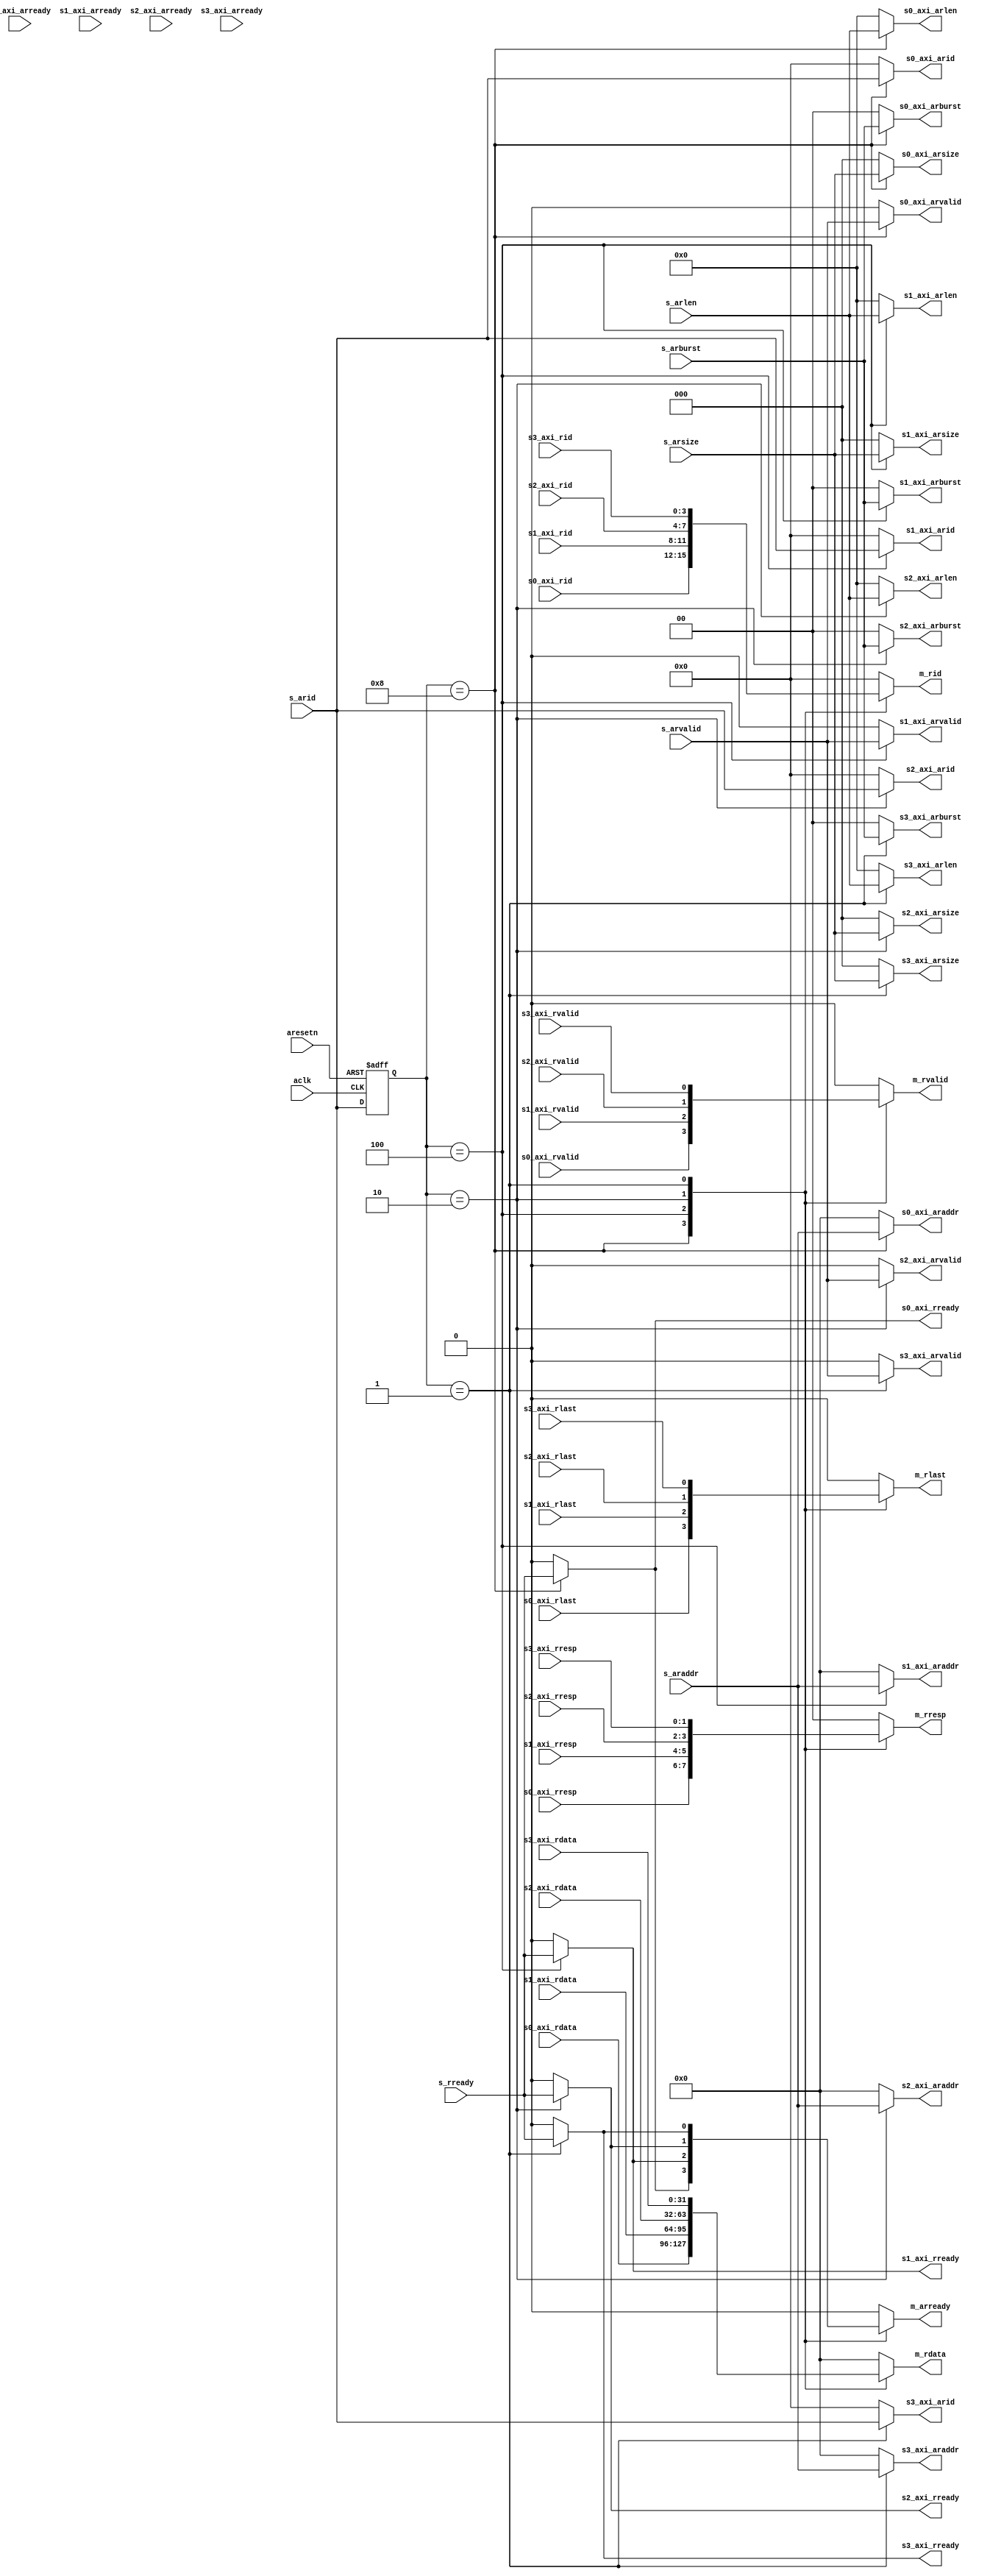
module Slave_Mux_R (
    //----- Global -----//
    input  aclk   ,
    input  aresetn,
    //----- Slave 0 -----//
    // Read address
    output [3:0]  s0_axi_arid   ,
    output [31:0] s0_axi_araddr ,
    output [7:0]  s0_axi_arlen  ,
    output [2:0]  s0_axi_arsize ,
    output [1:0]  s0_axi_arburst,
    output        s0_axi_arvalid,
    input         s0_axi_arready,
    // Read data
    input  [3:0]  s0_axi_rid    ,
    input  [31:0] s0_axi_rdata  ,
    input  [1:0]  s0_axi_rresp  ,
    input         s0_axi_rlast  ,
    input         s0_axi_rvalid ,
    output        s0_axi_rready ,
    //----- Slave 1 -----//
    // Read address
    output [3:0]  s1_axi_arid   ,
    output [31:0] s1_axi_araddr ,
    output [7:0]  s1_axi_arlen  ,
    output [2:0]  s1_axi_arsize ,
    output [1:0]  s1_axi_arburst,
    output        s1_axi_arvalid,
    input         s1_axi_arready,
    // Read data
    input  [3:0]  s1_axi_rid    ,
    input  [31:0] s1_axi_rdata  ,
    input  [1:0]  s1_axi_rresp  ,
    input         s1_axi_rlast  ,
    input         s1_axi_rvalid ,
    output        s1_axi_rready ,
    //----- Slave 2 -----//
    // Read address
    output [3:0]  s2_axi_arid   ,
    output [31:0] s2_axi_araddr ,
    output [7:0]  s2_axi_arlen  ,
    output [2:0]  s2_axi_arsize ,
    output [1:0]  s2_axi_arburst,
    output        s2_axi_arvalid,
    input         s2_axi_arready,
    // Read data
    input  [3:0]  s2_axi_rid    ,
    input  [31:0] s2_axi_rdata  ,
    input  [1:0]  s2_axi_rresp  ,
    input         s2_axi_rlast  ,
    input         s2_axi_rvalid ,
    output        s2_axi_rready ,
    //----- Slave 3 -----//
    // Read address
    output [3:0]  s3_axi_arid   ,
    output [31:0] s3_axi_araddr ,
    output [7:0]  s3_axi_arlen  ,
    output [2:0]  s3_axi_arsize ,
    output [1:0]  s3_axi_arburst,
    output        s3_axi_arvalid,
    input         s3_axi_arready,
    // Read data
    input  [3:0]  s3_axi_rid    ,
    input  [31:0] s3_axi_rdata  ,
    input  [1:0]  s3_axi_rresp  ,
    input         s3_axi_rlast  ,
    input         s3_axi_rvalid ,
    output        s3_axi_rready ,
    //----- Master general -----//
    // Read address
    output        m_arready     ,
    // Read data
    output [3:0]  m_rid         ,
    output [31:0] m_rdata       ,
    output [1:0]  m_rresp       ,
    output        m_rlast       ,
    output        m_rvalid      ,
    //----- Slave general -----//
    // Read address
    input  [3:0]  s_arid        ,
    input  [31:0] s_araddr      ,
    input  [7:0]  s_arlen       ,
    input  [2:0]  s_arsize      ,
    input  [1:0]  s_arburst     ,
    input         s_arvalid     ,
    // Read data
    input         s_rready      
);
// ID register
reg [3:0] s_arid_r;
always @(posedge aclk or negedge aresetn) begin
    if (!aresetn)
        s_arid_r = 4'b0000;
    else
        s_arid_r = s_arid;
end
//----- Other signals -----//
reg        m_arready_r;
reg [3:0]  m_rid_r;    
reg [31:0] m_rdata_r;  
reg [1:0]  m_rresp_r;  
reg        m_rlast_r;  
reg        m_rvalid_r; 
always @(*) begin
    case (s_arid_r)
        4'b1000 : begin
            m_arready_r = s0_axi_rready;
            m_rid_r     = s0_axi_rid;
            m_rdata_r   = s0_axi_rdata;
            m_rresp_r   = s0_axi_rresp;
            m_rlast_r   = s0_axi_rlast;
            m_rvalid_r  = s0_axi_rvalid;
        end
        4'b0100 : begin
            m_arready_r = s1_axi_rready;
            m_rid_r     = s1_axi_rid;
            m_rdata_r   = s1_axi_rdata;
            m_rresp_r   = s1_axi_rresp;
            m_rlast_r   = s1_axi_rlast;
            m_rvalid_r  = s1_axi_rvalid;
        end
        4'b0010 : begin
            m_arready_r = s2_axi_rready;
            m_rid_r     = s2_axi_rid;
            m_rdata_r   = s2_axi_rdata;
            m_rresp_r   = s2_axi_rresp;
            m_rlast_r   = s2_axi_rlast;
            m_rvalid_r  = s2_axi_rvalid;
        end
        4'b0001 : begin
            m_arready_r = s3_axi_rready;
            m_rid_r     = s3_axi_rid;
            m_rdata_r   = s3_axi_rdata;
            m_rresp_r   = s3_axi_rresp;
            m_rlast_r   = s3_axi_rlast;
            m_rvalid_r  = s3_axi_rvalid;
        end
        default : begin
            m_arready_r = 1'b0 ;
            m_rid_r     = 4'd0 ;
            m_rdata_r   = 32'd0;
            m_rresp_r   = 2'd0 ;
            m_rlast_r   = 1'b0 ;
            m_rvalid_r  = 1'b0 ;
        end
    endcase
end
assign m_arready = m_arready_r;
assign m_rid     = m_rid_r    ;
assign m_rdata   = m_rdata_r  ;
assign m_rresp   = m_rresp_r  ;
assign m_rlast   = m_rlast_r  ;
assign m_rvalid  = m_rvalid_r ;
//----- ARID -----//
reg [3:0] s0_axi_arid_r;
reg [3:0] s1_axi_arid_r;
reg [3:0] s2_axi_arid_r;
reg [3:0] s3_axi_arid_r;
always @(*) begin
    case (s_arid_r)
        4'b1000 : begin
            s0_axi_arid_r = s_arid;
            s1_axi_arid_r = 4'd0;
            s2_axi_arid_r = 4'd0;
            s3_axi_arid_r = 4'd0;
        end
        4'b0100 : begin
            s0_axi_arid_r = 4'd0;
            s1_axi_arid_r = s_arid;
            s2_axi_arid_r = 4'd0;
            s3_axi_arid_r = 4'd0;
        end
        4'b0010 : begin
            s0_axi_arid_r = 4'd0;
            s1_axi_arid_r = 4'd0;
            s2_axi_arid_r = s_arid;
            s3_axi_arid_r = 4'd0;
        end
        4'b0001 : begin
            s0_axi_arid_r = 4'd0;
            s1_axi_arid_r = 4'd0;
            s2_axi_arid_r = 4'd0;
            s3_axi_arid_r = s_arid;
        end
        default : begin
            s0_axi_arid_r = 4'd0;
            s1_axi_arid_r = 4'd0;
            s2_axi_arid_r = 4'd0;
            s3_axi_arid_r = 4'd0;
        end
    endcase
end
assign s0_axi_arid = s0_axi_arid_r;
assign s1_axi_arid = s1_axi_arid_r;
assign s2_axi_arid = s2_axi_arid_r;
assign s3_axi_arid = s3_axi_arid_r;
//----- ARADDR -----//
reg [31:0] s0_axi_araddr_r;
reg [31:0] s1_axi_araddr_r;
reg [31:0] s2_axi_araddr_r;
reg [31:0] s3_axi_araddr_r;
always @(*) begin
    case (s_arid_r)
        4'b1000 : begin
            s0_axi_araddr_r = s_araddr;
            s1_axi_araddr_r = 32'd0;
            s2_axi_araddr_r = 32'd0;
            s3_axi_araddr_r = 32'd0;
        end
        4'b0100 : begin
            s0_axi_araddr_r = 32'd0;
            s1_axi_araddr_r = s_araddr;
            s2_axi_araddr_r = 32'd0;
            s3_axi_araddr_r = 32'd0;
        end
        4'b0010 : begin
            s0_axi_araddr_r = 32'd0;
            s1_axi_araddr_r = 32'd0;
            s2_axi_araddr_r = s_araddr;
            s3_axi_araddr_r = 32'd0;
        end
        4'b0001 : begin
            s0_axi_araddr_r = 32'd0;
            s1_axi_araddr_r = 32'd0;
            s2_axi_araddr_r = 32'd0;
            s3_axi_araddr_r = s_araddr;
        end
        default : begin
            s0_axi_araddr_r = 32'd0;
            s1_axi_araddr_r = 32'd0;
            s2_axi_araddr_r = 32'd0;
            s3_axi_araddr_r = 32'd0;
        end
    endcase
end
assign s0_axi_araddr = s0_axi_araddr_r;
assign s1_axi_araddr = s1_axi_araddr_r;
assign s2_axi_araddr = s2_axi_araddr_r;
assign s3_axi_araddr = s3_axi_araddr_r;
//----- ARLEN -----//
reg [7:0] s0_axi_arlen_r;
reg [7:0] s1_axi_arlen_r;
reg [7:0] s2_axi_arlen_r;
reg [7:0] s3_axi_arlen_r;
always @(*) begin
    case (s_arid_r)
        4'b1000 : begin
            s0_axi_arlen_r = s_arlen;
            s1_axi_arlen_r = 8'd0;
            s2_axi_arlen_r = 8'd0;
            s3_axi_arlen_r = 8'd0;
        end
        4'b0100 : begin
            s0_axi_arlen_r = 8'd0;
            s1_axi_arlen_r = s_arlen;
            s2_axi_arlen_r = 8'd0;
            s3_axi_arlen_r = 8'd0;
        end
        4'b0010 : begin
            s0_axi_arlen_r = 8'd0;
            s1_axi_arlen_r = 8'd0;
            s2_axi_arlen_r = s_arlen;
            s3_axi_arlen_r = 8'd0;
        end
        4'b0001 : begin
            s0_axi_arlen_r = 8'd0;
            s1_axi_arlen_r = 8'd0;
            s2_axi_arlen_r = 8'd0;
            s3_axi_arlen_r = s_arlen;
        end
        default : begin
            s0_axi_arlen_r = 8'd0;
            s1_axi_arlen_r = 8'd0;
            s2_axi_arlen_r = 8'd0;
            s3_axi_arlen_r = 8'd0;
        end
    endcase
end
assign s0_axi_arlen = s0_axi_arlen_r;
assign s1_axi_arlen = s1_axi_arlen_r;
assign s2_axi_arlen = s2_axi_arlen_r;
assign s3_axi_arlen = s3_axi_arlen_r;
//----- ARSIZE -----//
reg [2:0] s0_axi_arsize_r;
reg [2:0] s1_axi_arsize_r;
reg [2:0] s2_axi_arsize_r;
reg [2:0] s3_axi_arsize_r;
always @(*) begin
    case (s_arid_r)
        4'b1000 : begin
            s0_axi_arsize_r = s_arsize;
            s1_axi_arsize_r = 3'd0;
            s2_axi_arsize_r = 3'd0;
            s3_axi_arsize_r = 3'd0;
        end
        4'b0100 : begin
            s0_axi_arsize_r = 3'd0;
            s1_axi_arsize_r = s_arsize;
            s2_axi_arsize_r = 3'd0;
            s3_axi_arsize_r = 3'd0;
        end
        4'b0010 : begin
            s0_axi_arsize_r = 3'd0;
            s1_axi_arsize_r = 3'd0;
            s2_axi_arsize_r = s_arsize;
            s3_axi_arsize_r = 3'd0;
        end
        4'b0001 : begin
            s0_axi_arsize_r = 3'd0;
            s1_axi_arsize_r = 3'd0;
            s2_axi_arsize_r = 3'd0;
            s3_axi_arsize_r = s_arsize;
        end
        default : begin
            s0_axi_arsize_r = 3'd0;
            s1_axi_arsize_r = 3'd0;
            s2_axi_arsize_r = 3'd0;
            s3_axi_arsize_r = 3'd0;
        end
    endcase
end
assign s0_axi_arsize = s0_axi_arsize_r;
assign s1_axi_arsize = s1_axi_arsize_r;
assign s2_axi_arsize = s2_axi_arsize_r;
assign s3_axi_arsize = s3_axi_arsize_r;
//----- ARBURST -----//
reg [1:0] s0_axi_arburst_r;
reg [1:0] s1_axi_arburst_r;
reg [1:0] s2_axi_arburst_r;
reg [1:0] s3_axi_arburst_r;
always @(*) begin
    case (s_arid_r)
        4'b1000 : begin
            s0_axi_arburst_r = s_arburst;
            s1_axi_arburst_r = 2'd0;
            s2_axi_arburst_r = 2'd0;
            s3_axi_arburst_r = 2'd0;
        end
        4'b0100 : begin
            s0_axi_arburst_r = 2'd0;
            s1_axi_arburst_r = s_arburst;
            s2_axi_arburst_r = 2'd0;
            s3_axi_arburst_r = 2'd0;
        end
        4'b0010 : begin
            s0_axi_arburst_r = 2'd0;
            s1_axi_arburst_r = 2'd0;
            s2_axi_arburst_r = s_arburst;
            s3_axi_arburst_r = 2'd0;
        end
        4'b0001 : begin
            s0_axi_arburst_r = 2'd0;
            s1_axi_arburst_r = 2'd0;
            s2_axi_arburst_r = 2'd0;
            s3_axi_arburst_r = s_arburst;
        end
        default : begin
            s0_axi_arburst_r = 2'd0;
            s1_axi_arburst_r = 2'd0;
            s2_axi_arburst_r = 2'd0;
            s3_axi_arburst_r = 2'd0;
        end
    endcase
end
assign s0_axi_arburst = s0_axi_arburst_r;
assign s1_axi_arburst = s1_axi_arburst_r;
assign s2_axi_arburst = s2_axi_arburst_r;
assign s3_axi_arburst = s3_axi_arburst_r;
//----- ARVALID -----//
reg s0_axi_arvalid_r;
reg s1_axi_arvalid_r;
reg s2_axi_arvalid_r;
reg s3_axi_arvalid_r;
always @(*) begin
    case (s_arid_r)
        4'b1000 : begin
            s0_axi_arvalid_r = s_arvalid;
            s1_axi_arvalid_r = 1'b0;
            s2_axi_arvalid_r = 1'b0;
            s3_axi_arvalid_r = 1'b0;
        end
        4'b0100 : begin
            s0_axi_arvalid_r = 1'b0;
            s1_axi_arvalid_r = s_arvalid;
            s2_axi_arvalid_r = 1'b0;
            s3_axi_arvalid_r = 1'b0;
        end
        4'b0010 : begin
            s0_axi_arvalid_r = 1'b0;
            s1_axi_arvalid_r = 1'b0;
            s2_axi_arvalid_r = s_arvalid;
            s3_axi_arvalid_r = 1'b0;
        end
        4'b0001 : begin
            s0_axi_arvalid_r = 1'b0;
            s1_axi_arvalid_r = 1'b0;
            s2_axi_arvalid_r = 1'b0;
            s3_axi_arvalid_r = s_arvalid;
        end
        default : begin
            s0_axi_arvalid_r = 1'b0;
            s1_axi_arvalid_r = 1'b0;
            s2_axi_arvalid_r = 1'b0;
            s3_axi_arvalid_r = 1'b0;
        end
    endcase
end
assign s0_axi_arvalid = s0_axi_arvalid_r;
assign s1_axi_arvalid = s1_axi_arvalid_r;
assign s2_axi_arvalid = s2_axi_arvalid_r;
assign s3_axi_arvalid = s3_axi_arvalid_r;
//----- RREADY -----//
reg s0_axi_rready_r;
reg s1_axi_rready_r;
reg s2_axi_rready_r;
reg s3_axi_rready_r;
always @(*) begin
    case (s_arid_r)
        4'b1000 : begin
            s0_axi_rready_r = s_rready;
            s1_axi_rready_r = 1'b0;
            s2_axi_rready_r = 1'b0;
            s3_axi_rready_r = 1'b0;
        end
        4'b0100 : begin
            s0_axi_rready_r = 1'b0;
            s1_axi_rready_r = s_rready;
            s2_axi_rready_r = 1'b0;
            s3_axi_rready_r = 1'b0;
        end
        4'b0010 : begin
            s0_axi_rready_r = 1'b0;
            s1_axi_rready_r = 1'b0;
            s2_axi_rready_r = s_rready;
            s3_axi_rready_r = 1'b0;
        end
        4'b0001 : begin
            s0_axi_rready_r = 1'b0;
            s1_axi_rready_r = 1'b0;
            s2_axi_rready_r = 1'b0;
            s3_axi_rready_r = s_rready;
        end
        default : begin
            s0_axi_rready_r = 1'b0;
            s1_axi_rready_r = 1'b0;
            s2_axi_rready_r = 1'b0;
            s3_axi_rready_r = 1'b0;
        end
    endcase
end
assign s0_axi_rready = s0_axi_rready_r;
assign s1_axi_rready = s1_axi_rready_r;
assign s2_axi_rready = s2_axi_rready_r;
assign s3_axi_rready = s3_axi_rready_r;
endmodule